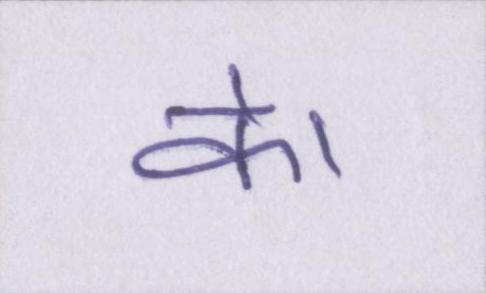
के।